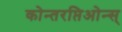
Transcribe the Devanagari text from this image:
कोन्तरप्तिओन्स्